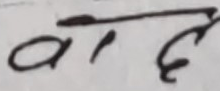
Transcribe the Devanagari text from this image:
The text in the image is difficult to read with high confidence due to the highly stylized nature of the handwriting and the ambiguity of certain strokes.

The first character appears to be 'अ' (a).
The second character is a small, vertical stroke, which is ambiguous. It could be an ink smudge, a punctuation mark, or a very poorly formed part of a character or a matra. It does not clearly represent any standard Devanagari character on its own.
The third character has a distinct loop at the bottom left and an upper curve. Visually, it strongly resembles the Nepali digit '६' (six). While it could potentially be a very stylized 'र' (ra), its form is much closer to '६'.

When combined, "अ" + (ambiguous stroke) + "६" does not form a common or standard Nepali word. Interpreting the second stroke as an 'ि' (i) matra and the third character as a highly stylized 'र' to form the word 'अरि' (ari) would require significant inference due to the clear visual resemblance of the third character to '६' and the atypical form of the second stroke as a matra.

Due to the significant ambiguity and the strong resemblance of the third character to a numeral rather than a letter that forms a word, I cannot confidently read the entire text as a coherent word or phrase.

Therefore, following the instruction: "If you cannot read the text, return an empty string."